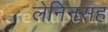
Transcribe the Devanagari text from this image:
लेनिनसह